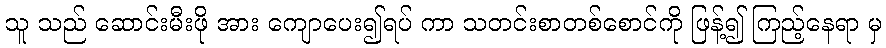
သူ သည် ဆောင်းမီးဖို အား ကျောပေး၍ရပ် ကာ သတင်းစာတစ်စောင်ကို ဖြန့်၍ ကြည့်နေရာ မှ